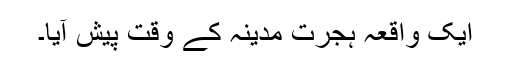
ایک واقعہ ہجرتِ مدینہ کے وقت پیش آیا۔